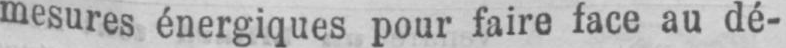
mesures énergiques pour faire face au dé-